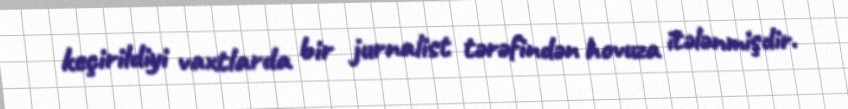
keçirildiyi vaxtlarda bir jurnalist tərəfindən hovuza itələnmişdir.